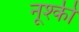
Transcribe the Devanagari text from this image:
नूश्की